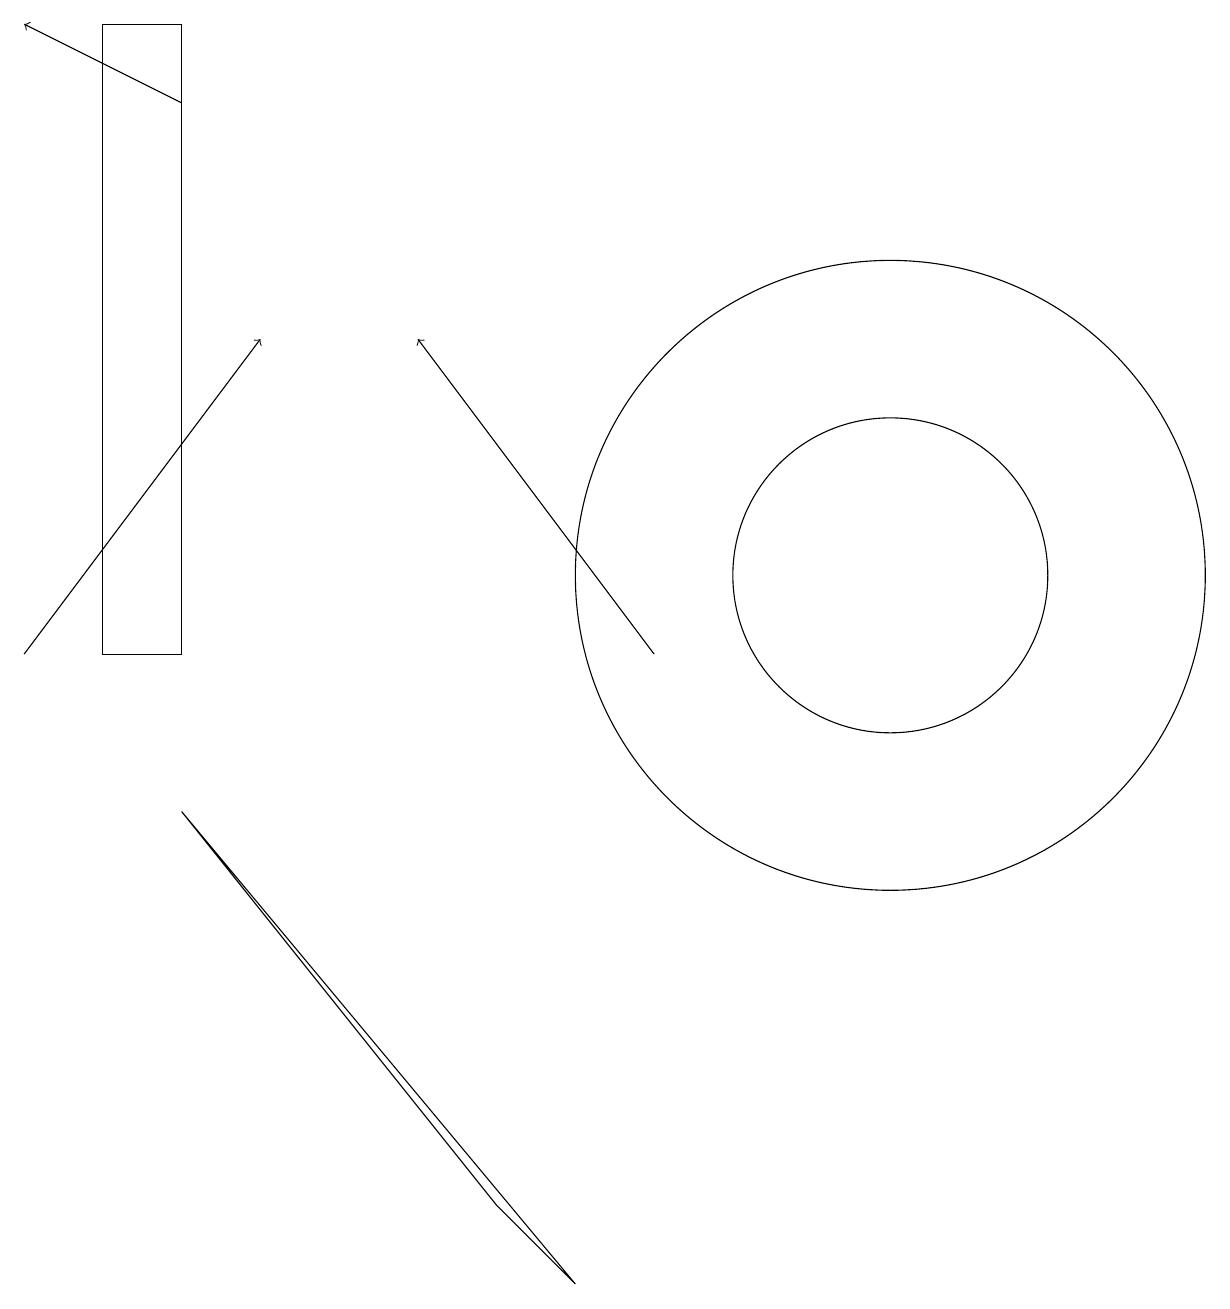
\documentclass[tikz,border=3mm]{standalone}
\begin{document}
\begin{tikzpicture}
\draw[->] (0,11) -- (3,15);
\draw (2,9) -- (6,4) -- (7,3) -- cycle;
\draw (11,12) circle (4);
\draw (1,19) rectangle (2,11);
\draw[->] (2,18) -- (0,19);
\draw (11,12) circle (2);
\draw[->] (8,11) -- (5,15);
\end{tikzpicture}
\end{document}